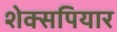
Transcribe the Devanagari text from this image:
शेक्सपियार